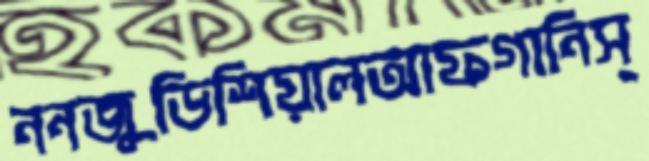
ননজুডিশিয়ালআফগানিস্